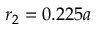
r _ { 2 } = 0 . 2 2 5 a